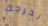
تخرجك